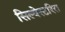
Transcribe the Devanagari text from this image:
सिल्वेस्टरिस